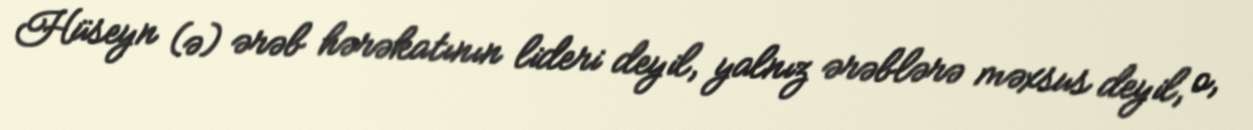
Hüseyn (ə) ərəb hərəkatının lideri deyil, yalnız ərəblərə məxsus deyil, o,